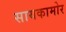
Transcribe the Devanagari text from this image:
सायकामोर